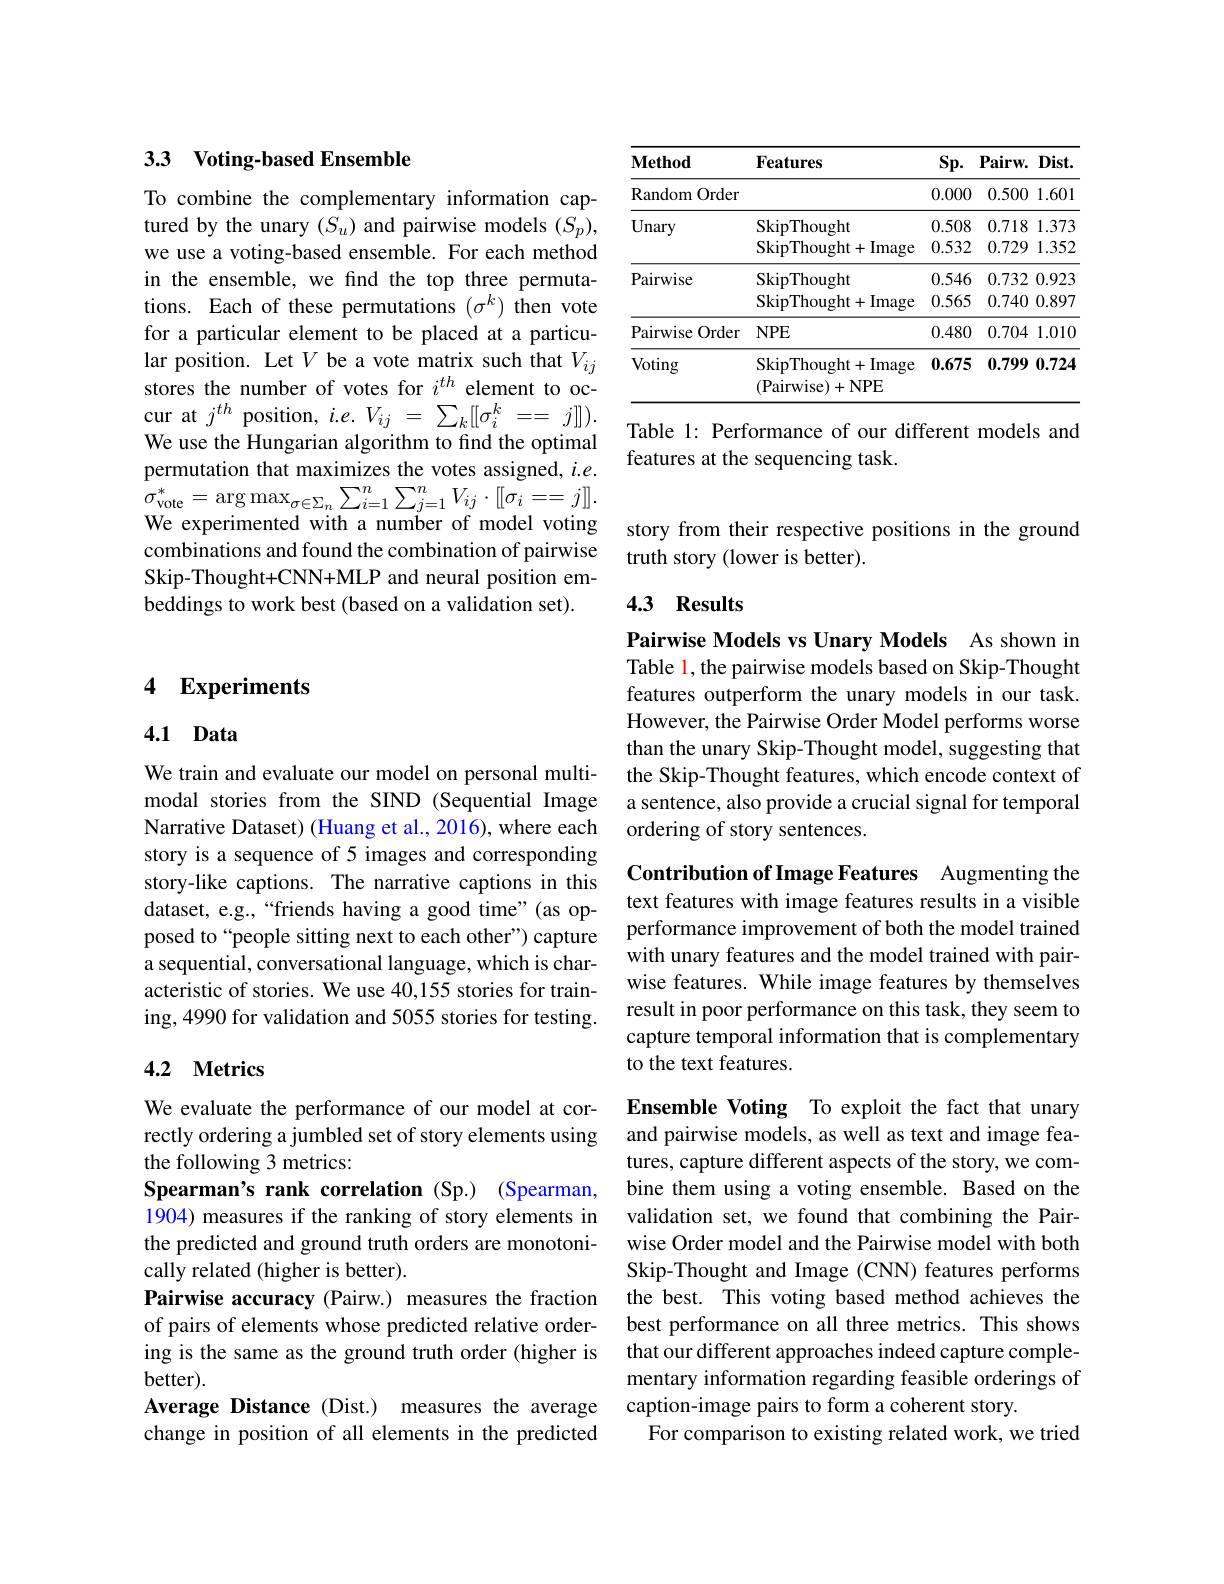
### 33 $\textbf{Voting- based Ensemble}$

To combine the complementary information captured by the unary $(S_u)$ and pairwise models $(S_p)$, we use a voting-based ensemble. For each method in the ensemble, we find the top three permutations. Each of these permutations $(\sigma^k)$ then vote for a particular element to be placed at a particular position. Let $V$ be a vote matrix such that $V_{ij}$ stores the number of votes for $i^{th}$ element to occur at $j^{th}$ position, $i.e.V_{ij}=\sum_k[[\sigma_i^k=-j]]).$ We use the Hungarian algorithm to find the optimal permutation that maximizes the votes assigned, $i.e.$ $\sigma_{\mathrm{vote}}^{*}=\arg\max_{\sigma\in\Sigma_{n}}\sum_{i=1}^{n}\sum_{j=1}^{n}V_{ij}\cdot[[\sigma_{i}=-j]].$ $\mathbf{w}_{\mathrm{ve}}$ We experimented with a number of model voting combinations and found the combination of pairwise Skip-Thought+CNN+MLP and neural position embeddings to work best (based on a validation set).

# 4 Experiments

## 4.1 Data

We train and evaluate our model on personal multimodal stories from the SIND (Sequential Image Narrative Dataset) (Huang et al., 2016), where each story is a sequence of 5 images and corresponding story-like captions. The narrative captions in this dataset, e.g.,“friends having a good time"(as opposed to“people sitting next to each other”) capture a sequential, conversational language, which is characteristic of stories. We use 40,155 stories for training, 4990 for validation and 5055 stories for testing.

### 4.2 Metrics

We evaluate the performance of our model at correctly ordering a jumbled set of story elements using the following 3 metrics:
Spearman's rank correlation (Sp.) (Spearman, 1904) measures if the ranking of story elements in the predicted and ground truth orders are monotonically related (higher is better).
Pairwise accuracy (Pairw.) measures the fraction of pairs of elements whose predicted relative ordering is the same as the ground truth order (higher is better).
Average Distance (Dist.) measures the average change in position of all elements in the predicted

<table>
	<tbody>
		<tr>
			<th>$\mathbf{Method}$</th>
			<th>Features</th>
			<th>$\mathbf{Sp}.$</th>
			<th>$Pairw.$ $Dist.$</th>
		</tr>
		<tr>
			<td>Random Order</td>
			<td> </td>
			<td>0.000</td>
			<td>0.500 1.601</td>
		</tr>
		<tr>
			<td rowspan="2">Unary</td>
			<td>SkipThought</td>
			<td>0.508</td>
			<td>0.718 1.373</td>
		</tr>
		<tr>
			<td>SkipThought+ Image</td>
			<td>0.532</td>
			<td>0.729 1.352</td>
		</tr>
		<tr>
			<td rowspan="2">Pairwise</td>
			<td>SkipThought</td>
			<td>0.546</td>
			<td>0.732 0.923</td>
		</tr>
		<tr>
			<td>SkipThought+ Image</td>
			<td>0.565</td>
			<td>0.740 0.897</td>
		</tr>
		<tr>
			<td>Pairwise Order</td>
			<td>$NPE$</td>
			<td>0.480</td>
			<td>0.704 1.01C</td>
		</tr>
		<tr>
			<td>Voting</td>
			<td>SkipThought+ Image (Pairwise)+NPE</td>
			<td>0.675</td>
			<td>0.799 0.724</td>
		</tr>
	</tbody>
</table>

Table 1: Performance of our different models and
features at the sequencing task.

story from their respective positions in the ground
truth story (lower is better).

## 4.3 Results

Pairwise Models vs Unary Models As shown in Table 1, the pairwise models based on Skip-Thought features outperform the unary models in our task. However, the Pairwise Order Model performs worse than the unary Skip-Thought model, suggesting that the Skip-Thought features, which encode context of a sentence, also provide a crucial signal for temporal ordering of story sentences.

Contribution of Image Features Augmenting the text features with image features results in a visible performance improvement of both the model trained with unary features and the model trained with pairwise features. While image features by themselves result in poor performance on this task, they seem to capture temporal information that is complementary to the text features.

Ensemble Voting To exploit the fact that unary and pairwise models, as well as text and image features, capture different aspects of the story, we combine them using a voting ensemble. Based on the validation set, we found that combining the Pairwise Order model and the Pairwise model with both Skip-Thought and Image (CNN) features performs the best. This voting based method achieves the best performance on all three metrics. This shows that our different approaches indeed capture complementary information regarding feasible orderings of caption-image pairs to form a coherent story.
For comparison to existing related work, we tried